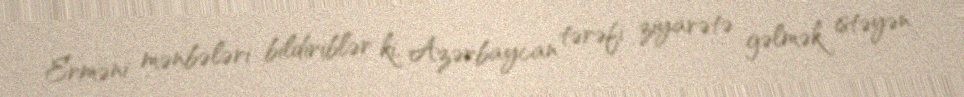
Erməni mənbələri bildiriblər ki, Azərbaycan tərəfi ziyarətə gəlmək istəyən